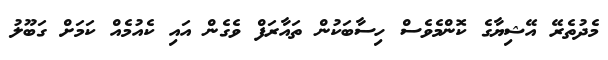
މެދުތެރޭ އޭޝިޔާގެ ކޮންމެވެސް ހިސާބަކުން ތައާރަފް ވެގެން އައި ކެއުމެއް ކަމަށް ގަބޫލު